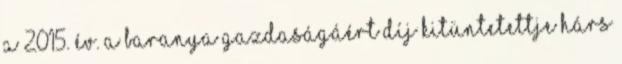
a 2015. év. A Baranya Gazdaságáért Díj kitüntetettje Hárs